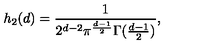
h _ { 2 } ( d ) = \frac { 1 } { 2 ^ { d - 2 } \pi ^ { \frac { d - 1 } { 2 } } \Gamma ( \frac { d - 1 } { 2 } ) } ,